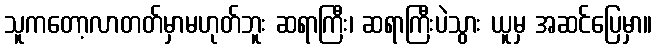
သူကတော့လာတတ်မှာမဟုတ်ဘူး ဆရာကြီး၊ ဆရာကြီးပဲသွား ယူမှ အဆင်ပြေမှာ။